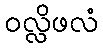
ဝလ္လိဖလံ